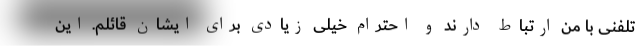
تلفنی با من ارتباط دارند و احترام خیلی زیادی برای ایشان قائلم. این